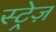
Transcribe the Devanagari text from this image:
स्ट्रेज़